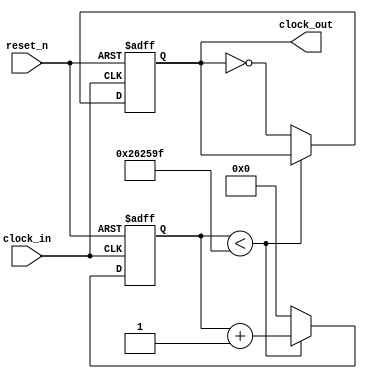
module clock_divider #(parameter divide_by = 2500000) (input clock_in, input reset_n, output reg clock_out);
reg [26:0] clock_divider;
always @ (posedge clock_in, negedge reset_n)
    begin
        if (reset_n == 0)
        begin
            clock_out <= 0;
            clock_divider <= 0;
        end
        else
        begin
            if (clock_divider < divide_by - 1)
            begin
                clock_divider <= clock_divider + 1;
            end
            else
            begin
                clock_divider <= 0;
                clock_out <= ~clock_out;
            end
        end
    end
endmodule